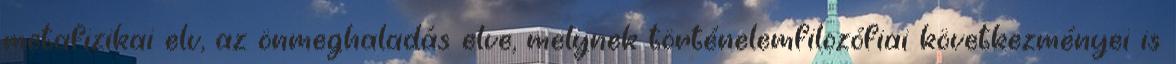
metafizikai elv, az önmeghaladás elve, melynek történelemfilozófiai következményei is